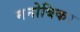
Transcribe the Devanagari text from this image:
मनोबिकर